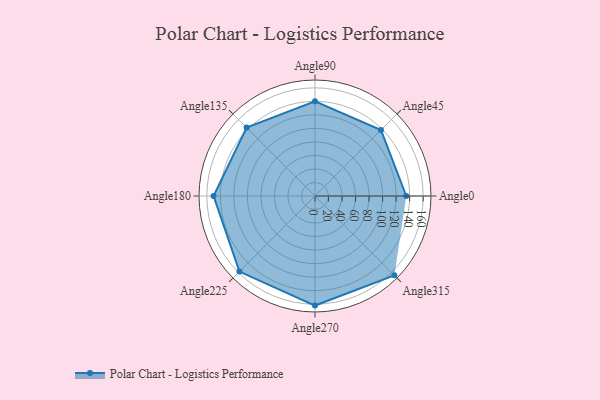
{"axis": {"x": "Angle", "y": "Radius"}, "legend": [""], "data": [{"x": "Angle0", "y": 135.0, "type": ""}, {"x": "Angle45", "y": 138.0, "type": ""}, {"x": "Angle90", "y": 140.0, "type": ""}, {"x": "Angle135", "y": 143.0, "type": ""}, {"x": "Angle180", "y": 150.0, "type": ""}, {"x": "Angle225", "y": 158.0, "type": ""}, {"x": "Angle270", "y": 162.0, "type": ""}, {"x": "Angle315", "y": 166.0, "type": ""}]}